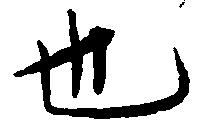
也